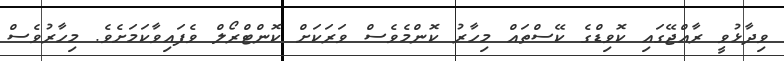
ވިދާޅުވީ ރާއްޖޭގައި ކޮވިޑްގެ ކޭސްތައް މިހާރު ކޮންމެވެސް ވަރަކަށް ކޮންޓްރޯލް ވެފައިވާކަމަށެވެ. މިހާރުވެސް